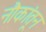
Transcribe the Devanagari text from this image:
नौकांतून